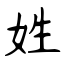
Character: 姓